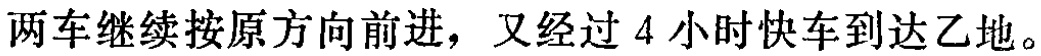
两车继续按原方向前进，又经过 4 小时快车到达乙地。